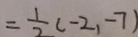
= \frac { 1 } { 2 } ( - 2 , - 7 )